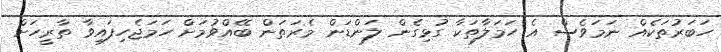
ހަބަރުތަކެއް ނަމަވެސް އެ ހަމަލާތަކާ ގުޅިގެން ލަންޑަން މެރަތަން ބޭއްވުމަށް ހަމަޖެހިފައިވާ ތާރީހަށް